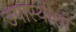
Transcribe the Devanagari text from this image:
उपास्थीशी